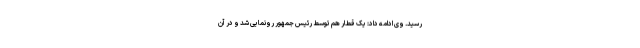
رسید. وی ادامه داد: یک قطار هم توسط رئیس جمهور رونمایی شد و در آن